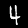
Label: 4